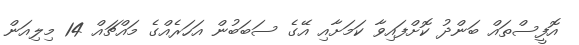
އޮފީސްތައް ބަންދު ކޮށްފައިވާ ކަމަށާއި އޭގެ ސަބަބުން އަހަރެއްގެ މައްޗައް 14 މިލިއަން